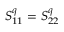
S _ { 1 1 } ^ { q } = S _ { 2 2 } ^ { q }